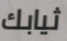
ثيابك